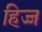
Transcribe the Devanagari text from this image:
हिज्ज